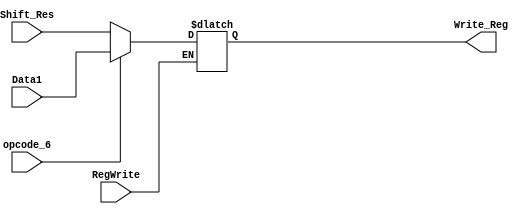
`timescale 1ns / 1ps
//////////////////////////////////////////////////////////////////////////////////
// Company: 
// Engineer: 
// 
// Design Name: 
// Module Name:    Writeback 
// Project Name: 
// Target Devices: 
// Tool versions: 
// Description: 
//
// Dependencies: 
//
// Revision: 
// Revision 0.01 - File Created
// Additional Comments: 
//
//////////////////////////////////////////////////////////////////////////////////
	module Writeback(
	input [7:0] Shift_Res,
	input [7:0] Data1,
	input opcode_6,
	input RegWrite,
	output reg [7:0] Write_Reg
    );
	
	always@(opcode_6)
	begin
	if(RegWrite==1)
		begin
		if(opcode_6==0)
		Write_Reg <= Shift_Res;
		else
		Write_Reg <= Data1;
		end
	end

endmodule